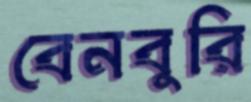
বেনবুরি